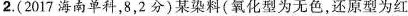
2.(2017海南单科，8，2分)某染料(氧化型为无色，还原型为红